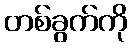
တစ်ခွက်ကို